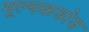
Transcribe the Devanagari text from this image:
मूल्यकवरेज